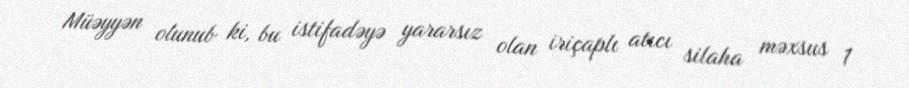
Müəyyən olunub ki, bu istifadəyə yararsız olan iriçaplı atıcı silaha məxsus 1